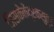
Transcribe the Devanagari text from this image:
जिसकेकेंद्रकसुत्र